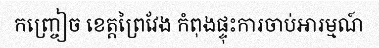
កញ្ច្រៀច ខេត្តព្រៃវែង កំពុងផ្ទុះការចាប់អារម្មណ៍